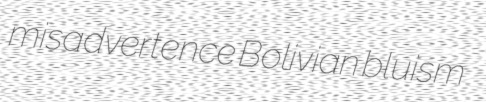
misadvertence Bolivian bluism